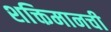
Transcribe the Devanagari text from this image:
शक्तिमानची